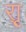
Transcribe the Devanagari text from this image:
र्‍ाृ